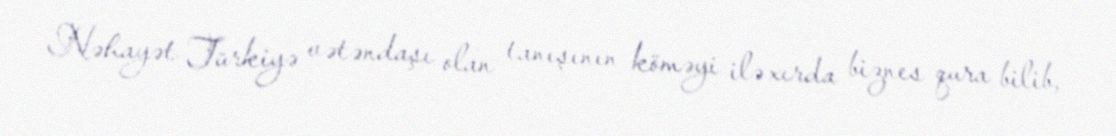
Nəhayət Türkiyə vətəndaşı olan tanışının köməyi ilə xırda biznes qura bilib,